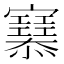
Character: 𢥜